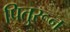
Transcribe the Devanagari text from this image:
पितुरून